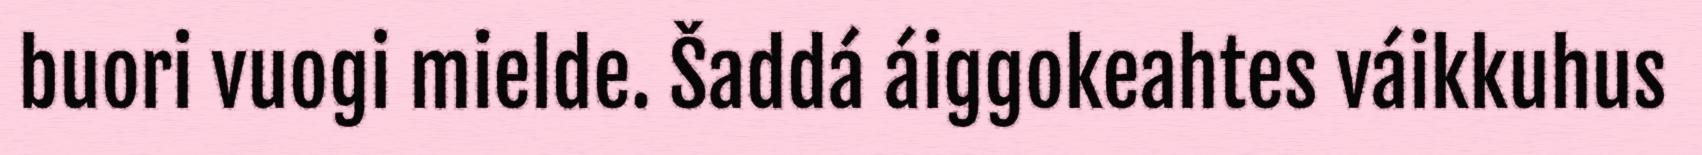
buori vuogi mielde. Šaddá áiggokeahtes váikkuhus